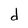
Character: d